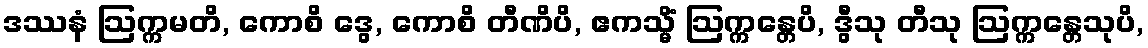
ဒဿနံ ဩက္ကမတိ, ကောစိ ဒွေ, ကောစိ တီဏိပိ, ဧကသ္မိံ ဩက္ကန္တေပိ, ဒွီသု တီသု ဩက္ကန္တေသုပိ,